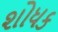
શોધક